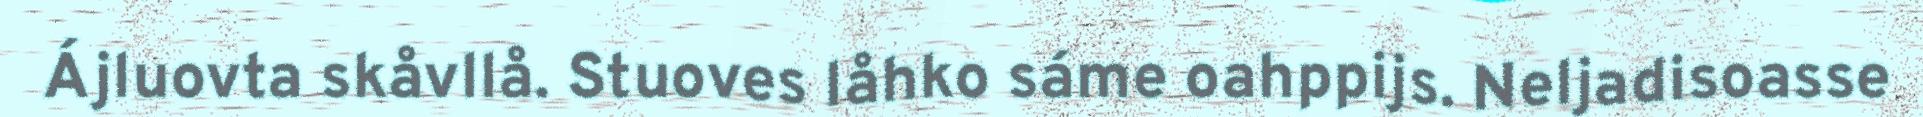
Ájluovta skåvllå. Stuoves låhko sáme oahppijs. Neljadisoasse